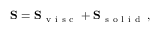
\mathbf { S } = \mathbf { S } _ { \mathrm { ~ v ~ i ~ s ~ c ~ } } + \mathbf { S } _ { \mathrm { ~ s ~ o ~ l ~ i ~ d ~ } } \, ,